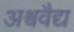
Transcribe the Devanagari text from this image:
अश्ववैद्य